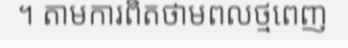
។ តាមការពិតថាមពលថ្មពេញ